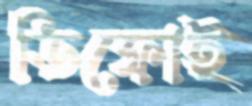
ডিফোই